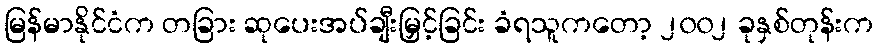
မြန်မာနိုင်ငံက တခြား ဆုပေးအပ်ချီးမြှင့်ခြင်း ခံရသူကတော့ ၂၀၀၂ ခုနှစ်တုန်းက